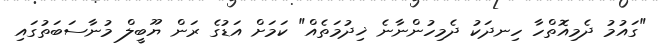
"ގައުމު ދެމިއޮތްހާ ހިނދަކު ދެމިހުންނާނެ ޚިދުމަތެއް" ކަމަށް އަޑުގެ ރަން ޔޫބީލް މުނާސަބަތުގައި